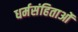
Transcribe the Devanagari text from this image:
धर्मसंहिताओं